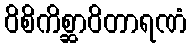
ဝိစိကိစ္ဆာဝိတာရဏံ